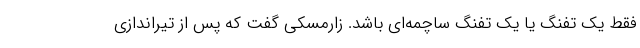
فقط یک تفنگ یا یک تفنگ ساچمه‌ای باشد. زارمسکی گفت که پس از تیراندازی